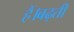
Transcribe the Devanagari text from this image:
हैं।बढ़ती